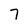
Character: 7